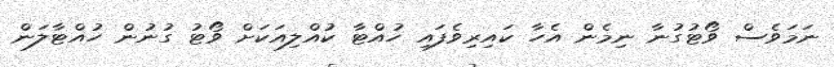
ނަމަވެސް ވޯޓުގުނާ ނިމެން އެހާ ކައިރިވެފައި ހުއްޓާ ކުއްލިއަކަށް ވޯޓު ގުނުން ހުއްޓާލަން